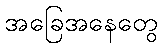
အခြေအနေတွေ